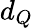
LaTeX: d_{Q}